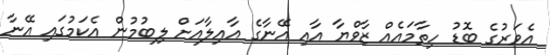
އެވަރުގެ ބޮޑު ހިތާމައެއް ޒާވްޔާ އާއި އޭނާގެ އާއިލާއަށް ލިބުމުން އެކަމުގައި އޭނާ